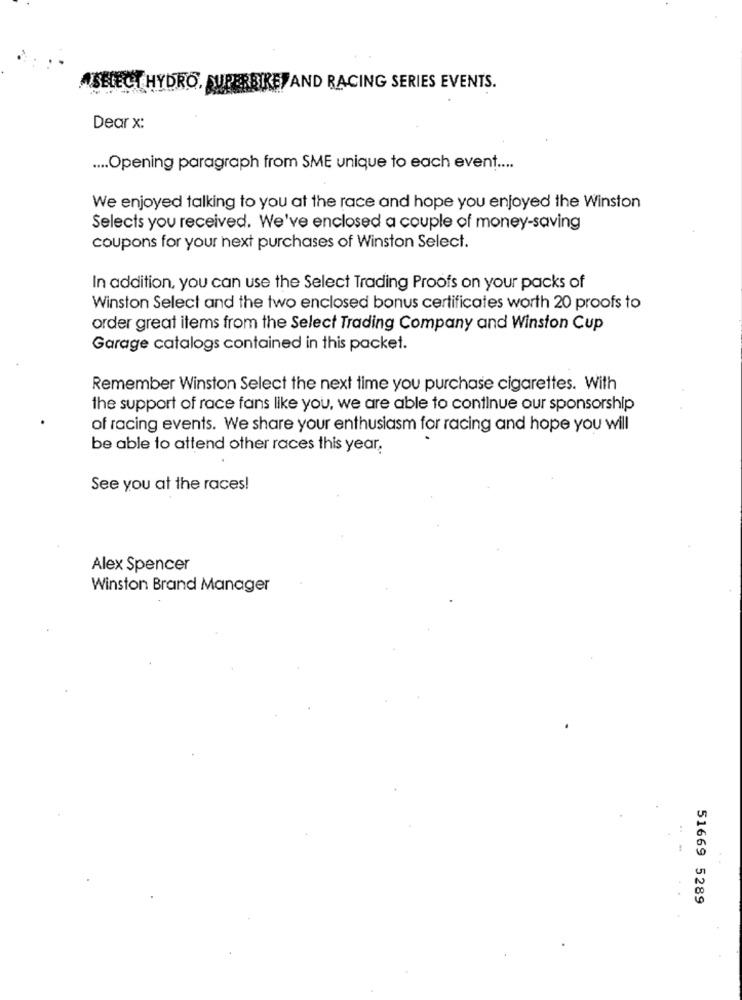
ASELECT HYDRO, SUPERBIKES AND RACING SERIES EVENTS.
Dear x:
.... Opening paragraph from SME unique to each event ....
We enjoyed talking to you at the race and hope you enjoyed the Winston
Selects you received. We've enclosed a couple of money-saving
coupons for your next purchases of Winston Select.
In addition, you can use the Select Trading Proofs on your packs of
Winston Select and the two enclosed bonus certificates worth 20 proofs to
order great items from the Select Trading Company and Winston Cup
Garage catalogs contained in this packet.
Remember Winston Select the next time you purchase cigarettes. With
the support of race fans like you, we are able to continue our sponsorship
of racing events. We share your enthusiasm for racing and hope you will
be able to attend other races this year.
See you at the races!
Alex Spencer
Winston Brand Manager
51669 5289